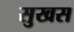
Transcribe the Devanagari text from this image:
सुखस